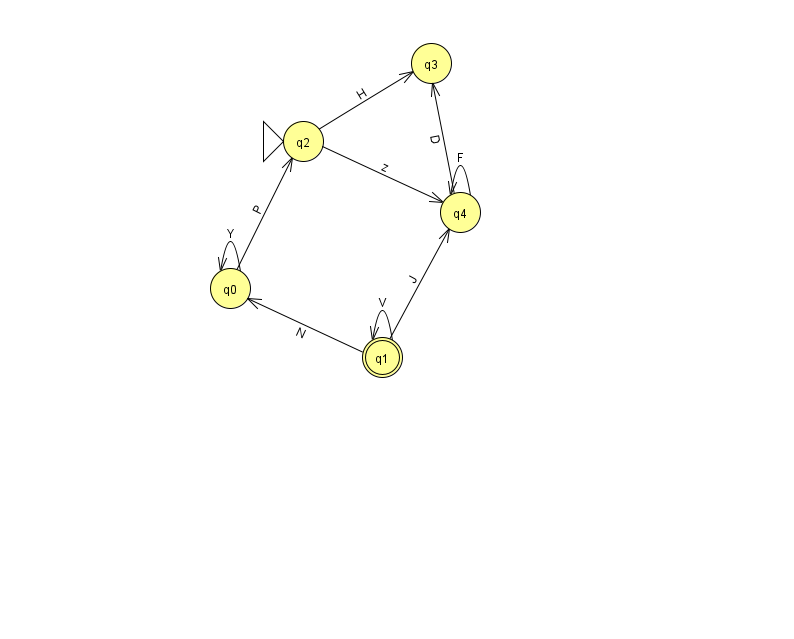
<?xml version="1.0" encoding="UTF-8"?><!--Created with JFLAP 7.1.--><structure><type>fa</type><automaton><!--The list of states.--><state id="0" name="q0"><x>230.0</x><y>275.0</y></state><state id="1" name="q1"><x>382.0</x><y>344.0</y><final/></state><state id="2" name="q2"><x>303.0</x><y>128.0</y><initial/></state><state id="3" name="q3"><x>431.0</x><y>50.0</y></state><state id="4" name="q4"><x>460.0</x><y>199.0</y></state><!--The list of transitions.--><transition><from>1</from><to>0</to><read>N</read></transition><transition><from>2</from><to>4</to><read>z</read></transition><transition><from>2</from><to>3</to><read>H</read></transition><transition><from>4</from><to>3</to><read>D</read></transition><transition><from>1</from><to>1</to><read>V</read></transition><transition><from>4</from><to>4</to><read>F</read></transition><transition><from>1</from><to>4</to><read>J</read></transition><transition><from>0</from><to>2</to><read>P</read></transition><transition><from>0</from><to>0</to><read>Y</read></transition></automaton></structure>